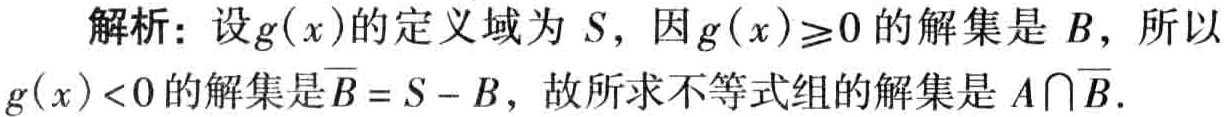
解析：设\(g(x)\)的定义域为\(S\)，因\(g(x)\geq0\)的解集是\(B\)，所以\(g(x)<0\)的解集是\(\overline{B}=S - B\)，故所求不等式组的解集是\(A\cap\overline{B}\)。